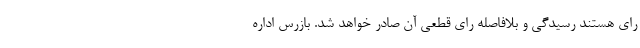
رای هستند رسیدگی و بلافاصله رای قطعی آن صادر خواهد شد. بازرس اداره